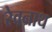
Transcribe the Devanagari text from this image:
रेवनाथ